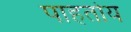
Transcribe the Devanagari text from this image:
पाहतोय